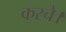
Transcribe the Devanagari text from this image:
करचे।